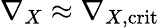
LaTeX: \nabla_{X}\approx\nabla_{X,\mathrm{crit}}